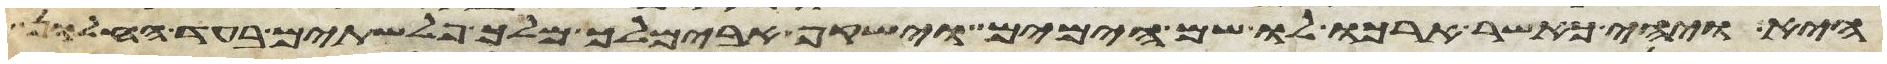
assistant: היא ויהי כאשר הרכו לו שם הימים וישקף אבימלך מלך פלשתים בעד החלון